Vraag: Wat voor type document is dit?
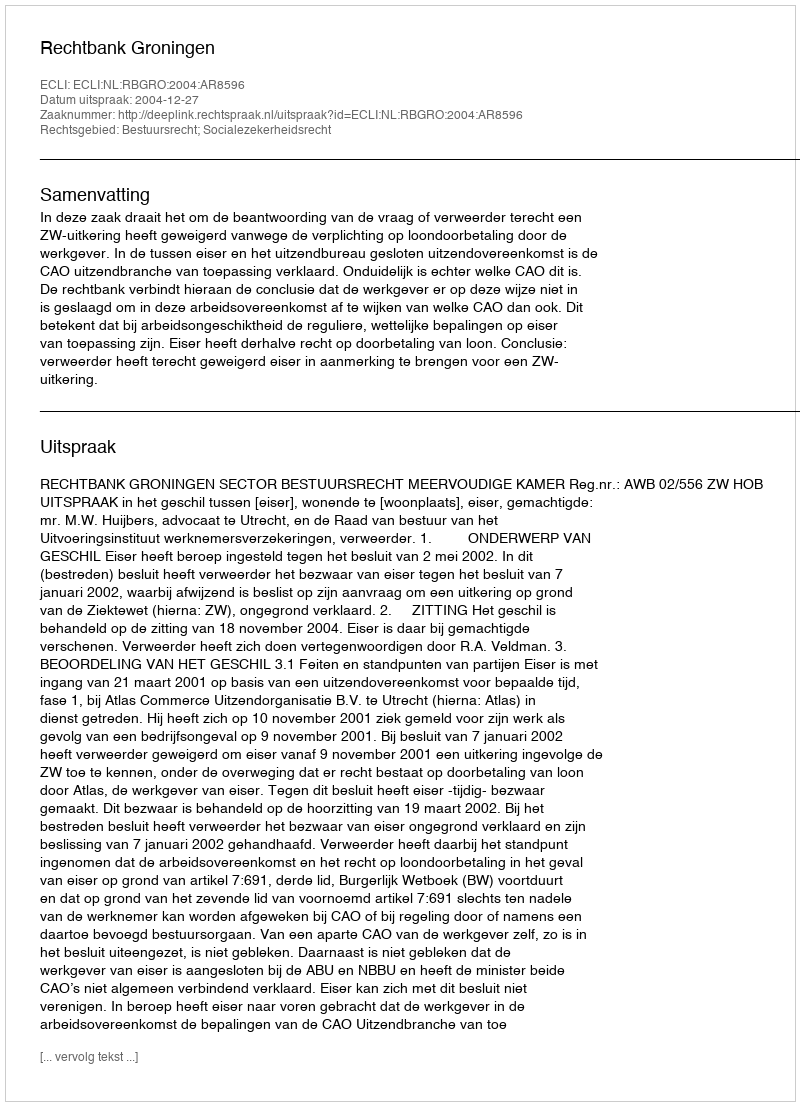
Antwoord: Uitspraak